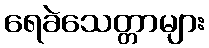
ရေခဲသေတ္တာများ